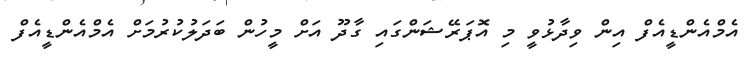
އެމްއެންޑީއެފް އިން ވިދާޅުވީ މި އޮޕަރޭޝަންގައި ގާދޫ އަށް މީހުން ބަދަލުކުރުމަށް އެމްއެންޑީއެފް